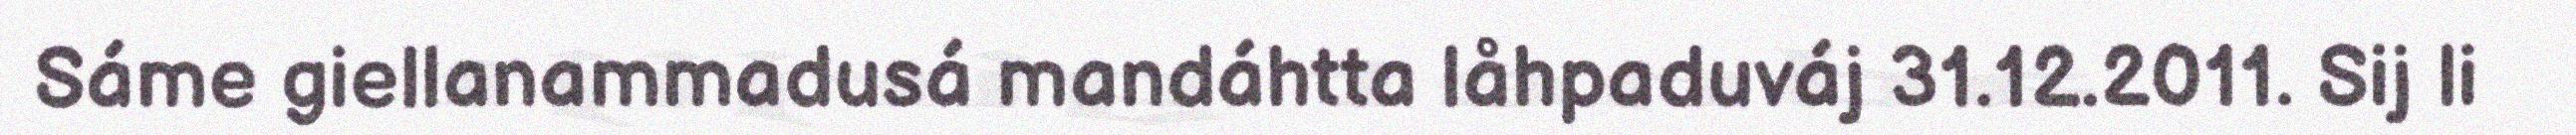
Sáme giellanammadusá mandáhtta låhpaduváj 31.12.2011. Sij li